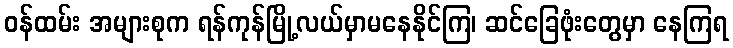
ဝန်ထမ်း အများစုက ရန်ကုန်မြို့လယ်မှာမနေနိုင်ကြ၊ ဆင်ခြေဖုံးတွေမှာ နေကြရ